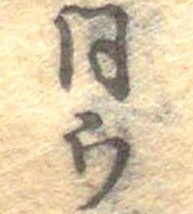
同ウ